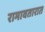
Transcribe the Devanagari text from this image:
रामावतारात